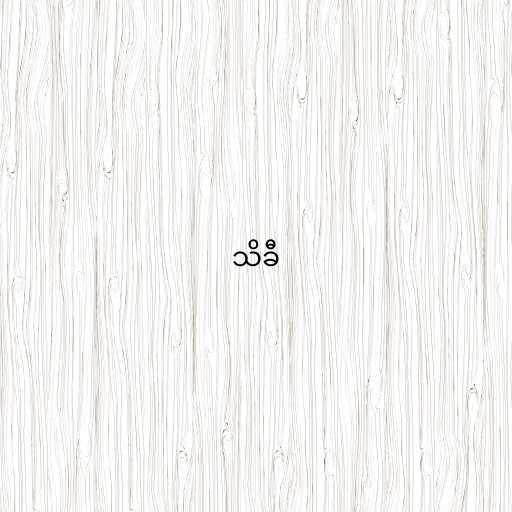
သိခီ